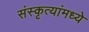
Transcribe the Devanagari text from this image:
संस्कृत्यांमध्ये